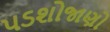
પડશોજાણો